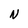
Character: N